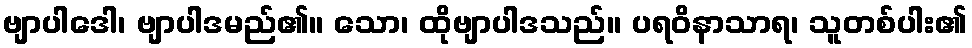
ဗျာပါဒေါ၊ ဗျာပါဒမည်၏။ သော၊ ထိုဗျာပါဒသည်။ ပရဝိနာသာရ၊ သူတစ်ပါး၏